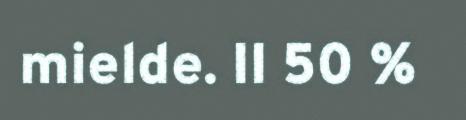
mielde. II 50 %